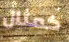
كمثال